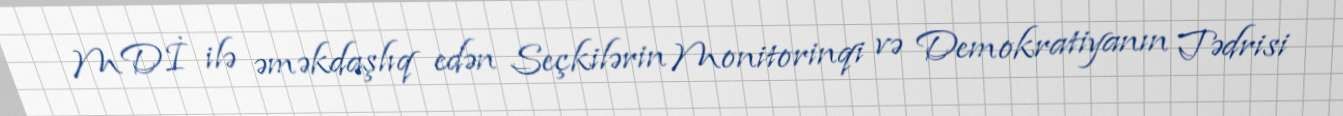
MDİ ilə əməkdaşlıq edən Seçkilərin Monitorinqi və Demokratiyanın Tədrisi